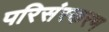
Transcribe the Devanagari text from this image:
परिसंस्करण